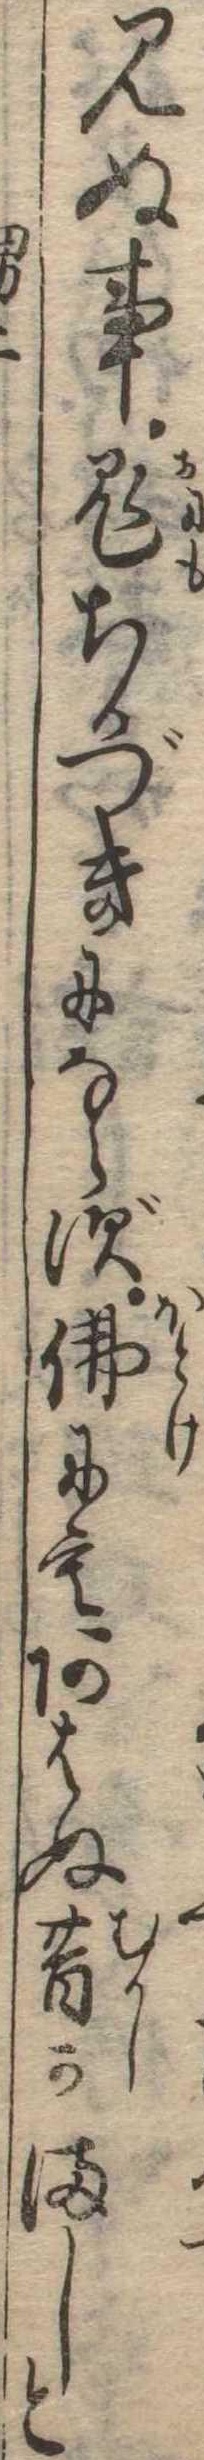
見ぬ事鬼ちかづきにならず仏にもあはぬ昔かましと